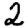
Digit: 2